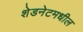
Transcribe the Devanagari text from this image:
शेडनेटमधील